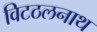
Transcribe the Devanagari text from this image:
विटठलनाथ